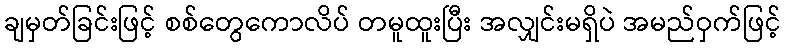
ချမှတ်ခြင်းဖြင့် စစ်တွေကောလိပ် တမူထူးပြီး အလျှင်းမရှိပဲ အမည်ဝှက်ဖြင့်